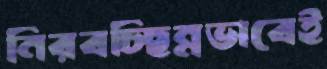
নিরবচ্ছিন্নভাবেই